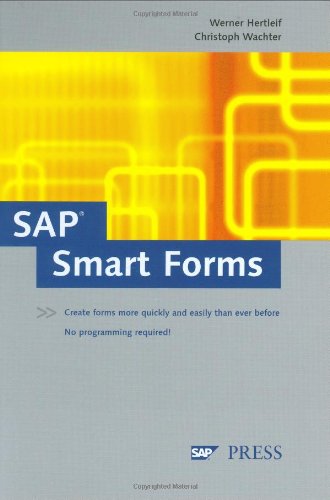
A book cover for SAP Smart Forms: Creating forms quickly and easily - no programming required!; Werner Hertleif; Computers & Technology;